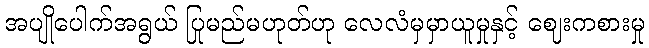
အပျိုပေါက်အရွယ် ပြုမည်မဟုတ်ဟု လေလံမှမှာယူမှုနှင့် ဈေးကစားမှု